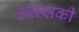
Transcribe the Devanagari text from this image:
उससकी